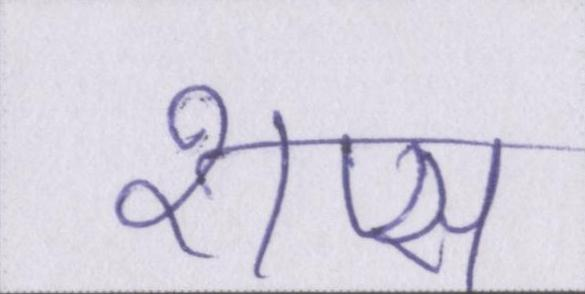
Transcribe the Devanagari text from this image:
शेप्स